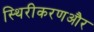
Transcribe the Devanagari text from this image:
स्थिरीकरणऔर